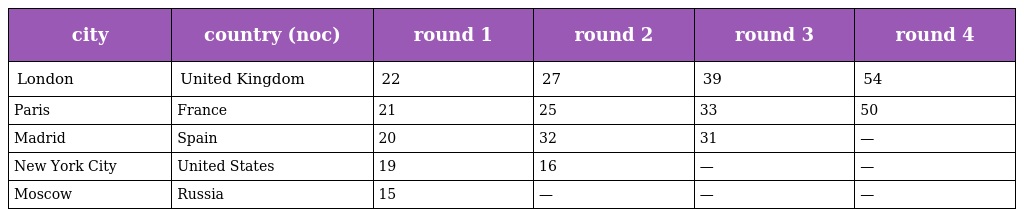
| city | country (noc) | round 1 | round 2 | round 3 | round 4 |
 | --- | --- | --- | --- | --- | --- |
 | London | United Kingdom | 22 | 27 | 39 | 54 |
 | Paris | France | 21 | 25 | 33 | 50 |
 | Madrid | Spain | 20 | 32 | 31 | — |
 | New York City | United States | 19 | 16 | — | — |
 | Moscow | Russia | 15 | — | — | — |